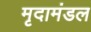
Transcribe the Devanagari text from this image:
मृदामंडल